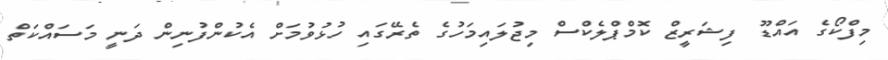
މިފްކޯގެ އައްޑޫ ފިޝަރީޒް ކޮމްޕްލެކްސް މިޖުލައިމަހުގެ ތެރޭގައި ހުޅުވުމަށް އެކުންފުނިން ދަނީ މަސައްކަތް